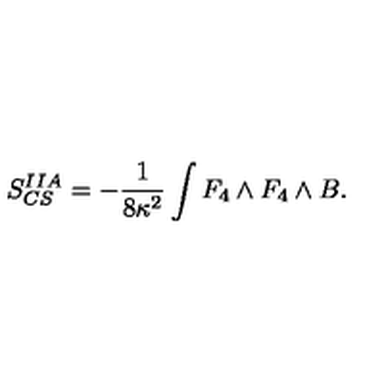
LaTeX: S _ { C S } ^ { I I A } = - \frac { 1 } { 8 \kappa ^ { 2 } } \int F _ { 4 } \wedge F _ { 4 } \wedge B .